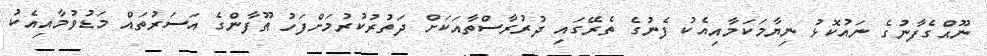
ނޫޙްގެފާނުގެ ނައުކޮޅު ނިޔާމަކަމާއިއެކު ފެނުގެ ތެރޭގައި ދުރުރާސްތާއަކަށް ދަތުރުކުރުމަށްފަހު ޠޫފާންގެ އަސަރުތައް މަޑުވުމާއިއެކު